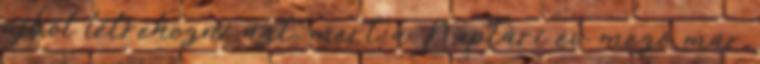
újból létrehozni azt, mert a Naptári év mező már